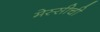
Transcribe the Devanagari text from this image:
मेस्सीची